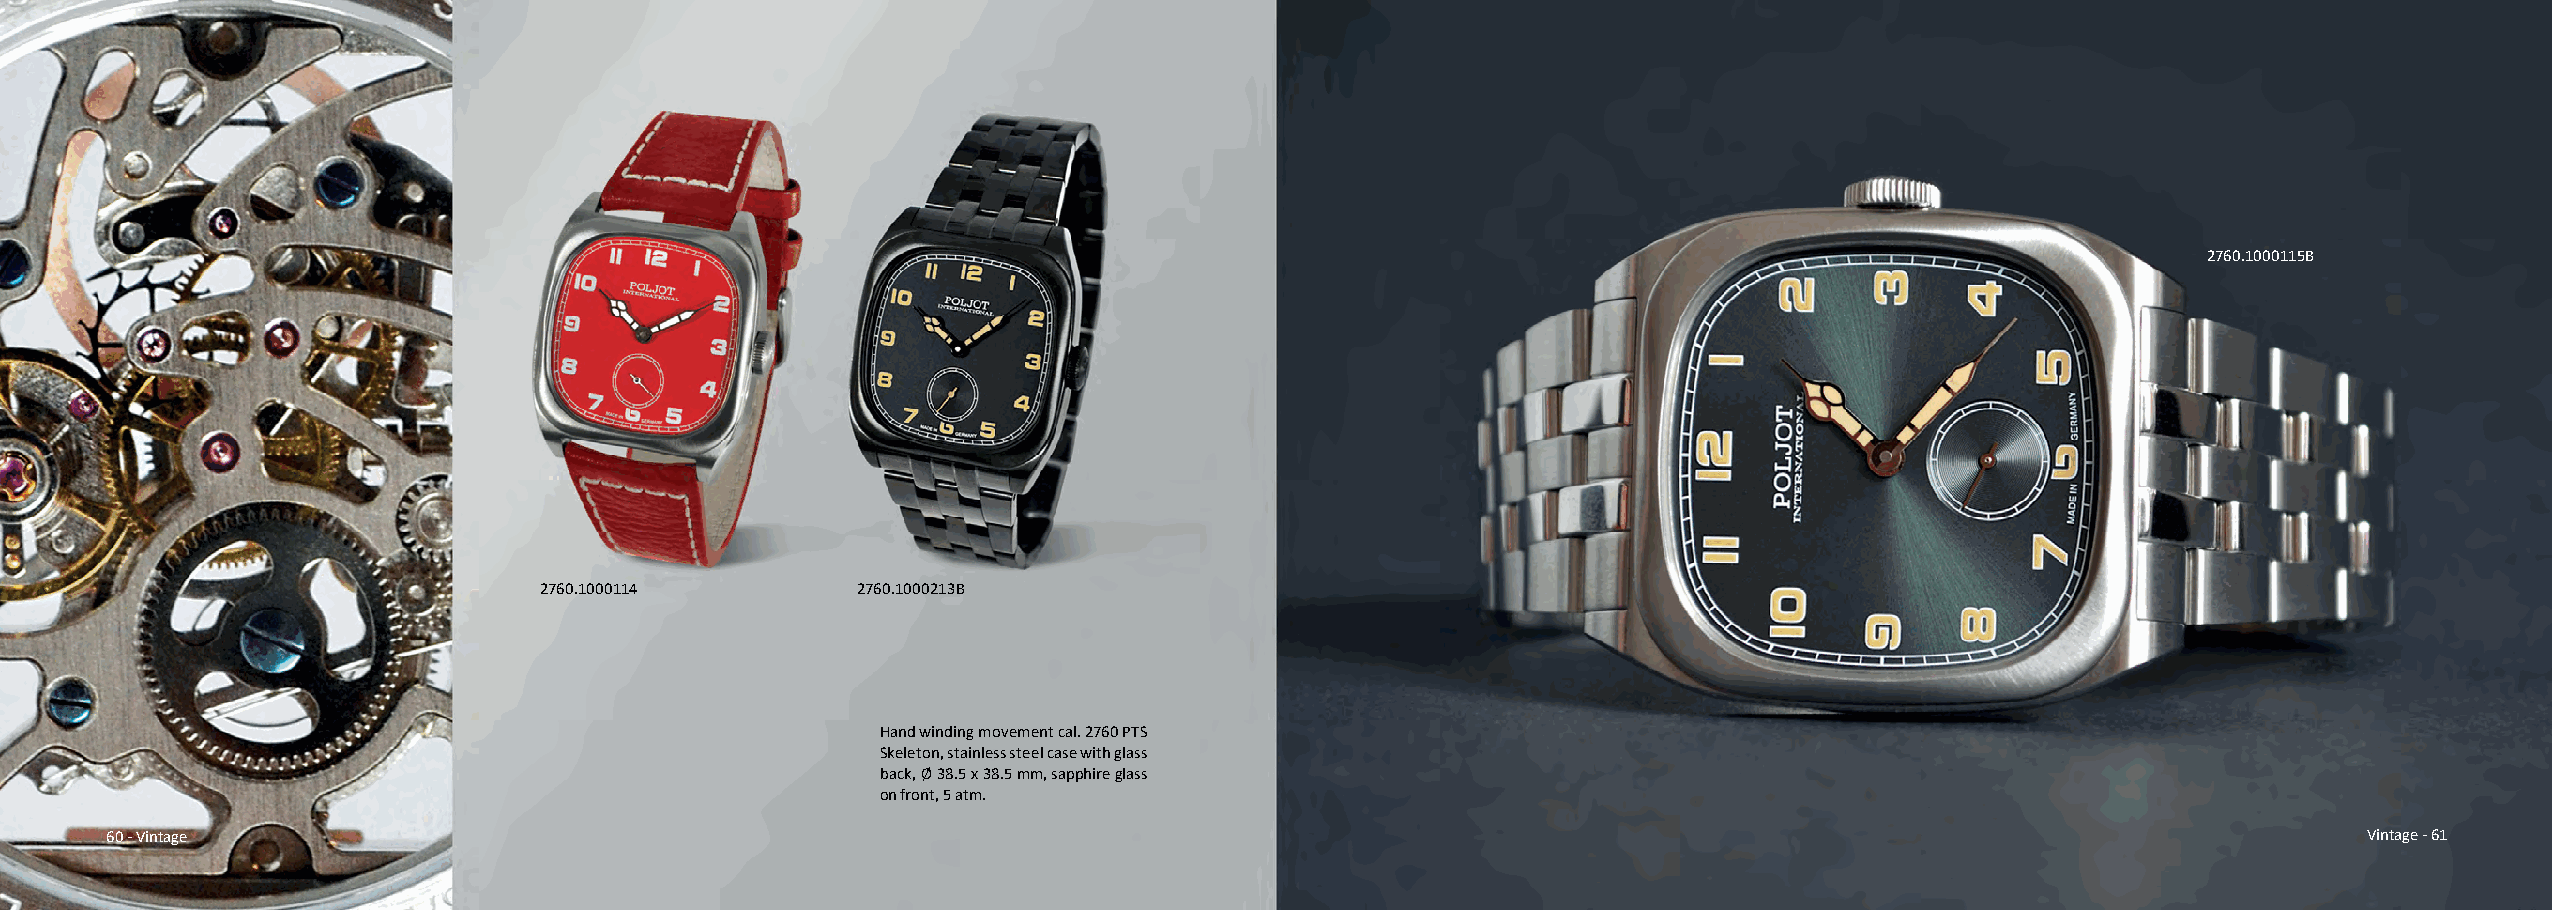
2760.1000115B
 2760.1000114         2760.1000213B
 Hand winding movement cal. 2760 PTS
 Skeleton, stainless steel case with glass
 back, Ø 38.5 x 38.5 mm, sapphire glass
 on front, 5 atm.
 60 - Vintage                                                                                                                                          Vintage - 61